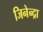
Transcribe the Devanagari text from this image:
जिनेन्द्रा